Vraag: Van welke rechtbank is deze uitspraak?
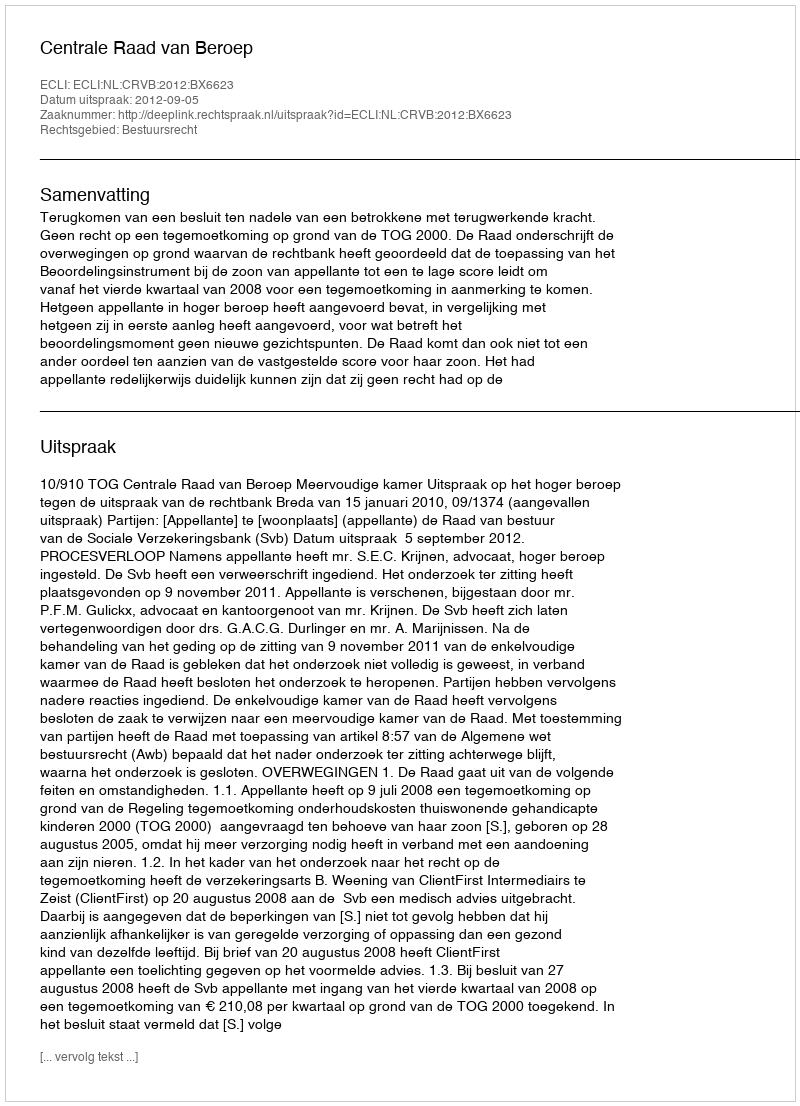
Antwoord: Centrale Raad van Beroep